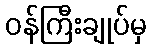
ဝန်ကြီးချုပ်မှ